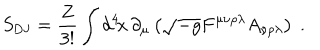
LaTeX: S _ { \mathrm { D J } } = \frac { Z } { 3 ! } \int d ^ { 4 } \! x \, \partial _ { \mu } \left( \sqrt { - g } F ^ { \mu \nu \rho \lambda } A _ { \nu \rho \lambda } \right) \ .